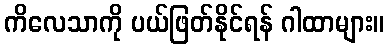
ကိလေသာကို ပယ်ဖြတ်နိုင်ရန် ဂါထာများ။